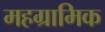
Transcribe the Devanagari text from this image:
महग्रामिक